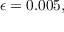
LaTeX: \epsilon = 0 . 0 0 5 ,